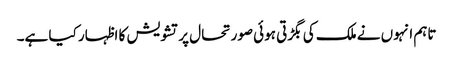
تاہم انہوں نے ملک کی بگڑتی ہوئی صورتحال پر تشویش کا اظہار کیا ہے۔